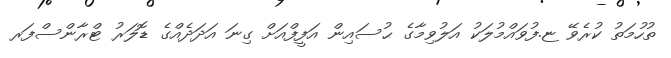
ތުހުމަތު ކުރެވޭ ޏ.ފުވައްމުލަކު އަލުވިމާގެ ޙުސައިން އަފީފްއަށް ގިނަ އަދަދެއްގެ ޑޮލަރު ޓްރާންސްފަރ